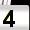
Digit: 4